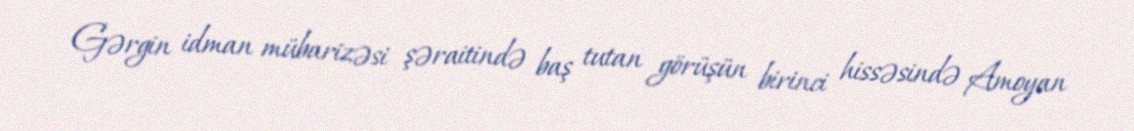
Gərgin idman mübarizəsi şəraitində baş tutan görüşün birinci hissəsində Amoyan